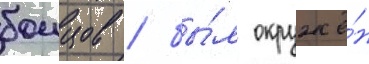
боицов / бы́л окружё́н